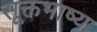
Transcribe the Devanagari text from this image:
सूक्तभाष्य